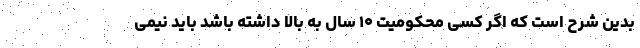
بدین شرح است که اگر کسی محکومیت ۱۰ سال به بالا داشته باشد باید نیمی